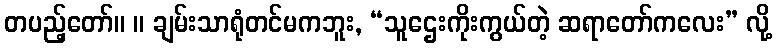
တပည့်တော်။ ။ ချမ်းသာရုံတင်မကဘူး, “သူဌေးကိုးကွယ်တဲ့ ဆရာတော်ကလေး” လို့